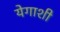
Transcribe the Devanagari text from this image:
येगाशी